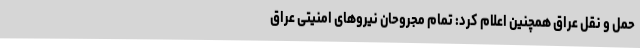
حمل و نقل عراق همچنین اعلام کرد: تمام مجروحان نیروهای امنیتی عراق